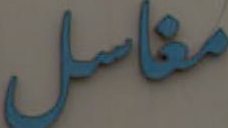
مفاصل